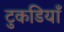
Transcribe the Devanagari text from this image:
टुकडियाँ